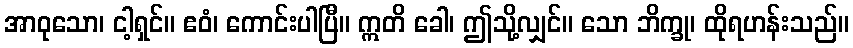
အာဝုသော၊ ငါ့ရှင်။ ဧဝံ၊ ကောင်းပါပြီ။ ဣတိ ခေါ၊ ဤသို့လျှင်။ သော ဘိက္ခု၊ ထိုရဟန်းသည်။